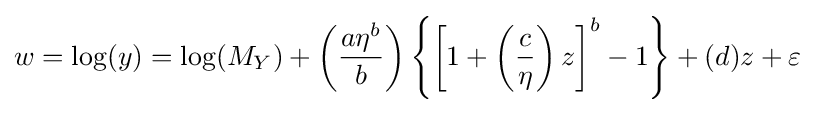
w=\log(y)=\log(M_{Y})+\left({\frac {a\eta ^{b}}{b}}\right)\left\{\left[1+\left({\frac {c}{\eta }}\right)z\right]^{b}-1\right\}+(d)z+\varepsilon